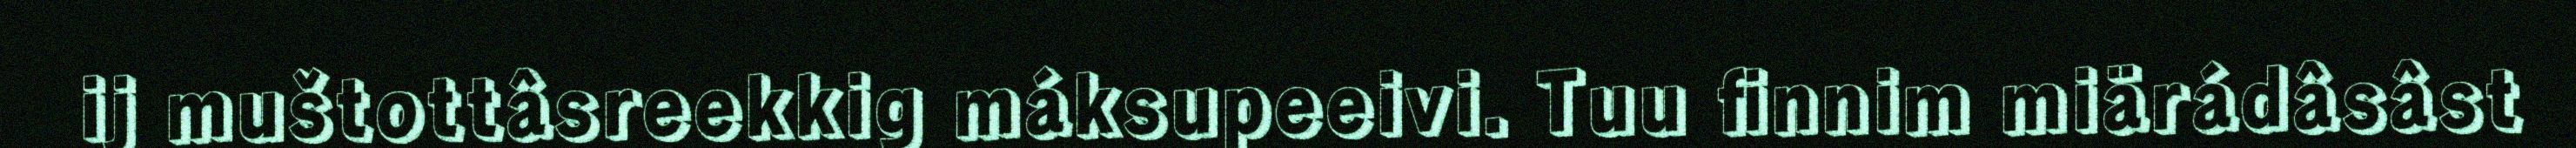
ij muštottâsreekkig máksupeeivi. Tuu finnim miärádâsâst